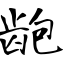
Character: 龅